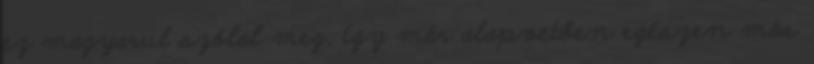
ez magyarul szólal meg, így már alapvetően egészen más